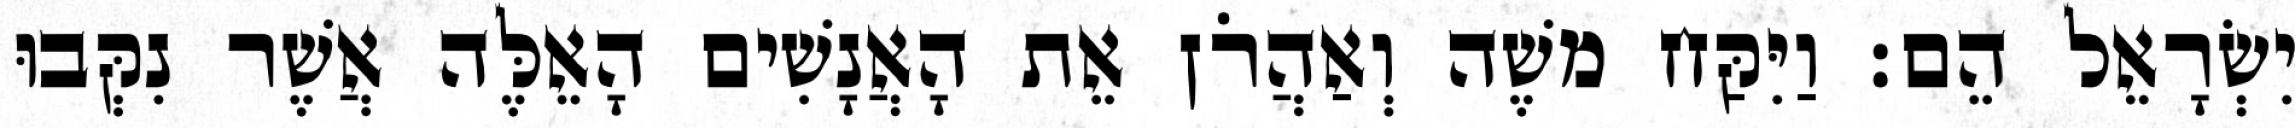
יִשְׂרָאֵל הֵם׃ וַיִּקַּח משֶׁה וְאַהֲרֹן אֵת הָאֲנָשִׁים הָאֵלֶּה אֲשֶׁר נִקְּבוּ